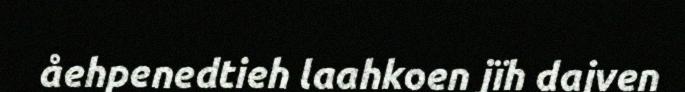
åehpenedtieh laahkoen jïh dajven